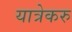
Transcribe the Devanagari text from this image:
यात्रेकरु